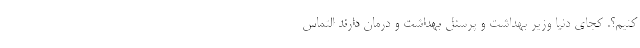
کنیم؟. کجای دنیا وزیر بهداشت و پرسنل بهداشت و درمان دارند التماس